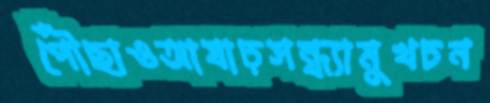
পৌঁছাওআষাঢ়সন্ধ্যামুখচন